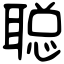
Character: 聪